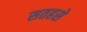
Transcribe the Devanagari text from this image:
सतहसे